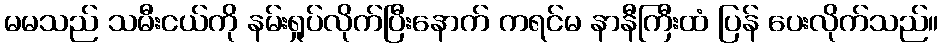
မမသည် သမီးငယ်ကို နမ်းရှုပ်လိုက်ပြီးနောက် ကရင်မ နာနီကြီးထံ ပြန် ပေးလိုက်သည်။